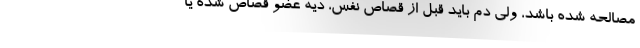
مصالحه شده باشد، ولی دم باید قبل از قصاص نفس، دیه عضو قصاص شده یا